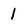
Character: I